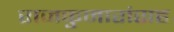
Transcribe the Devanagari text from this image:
राजकुमारांसह